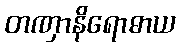
တဏှာနိရောဓာယ